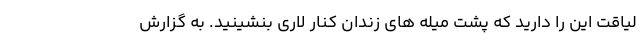
لیاقت این را دارید که پشت میله های زندان کنار لاری بنشینید. به گزارش